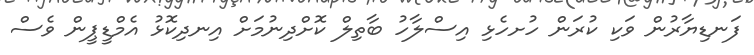
ފަނޑިޔާރުން ވަކި ކުރަން ހުށހެޅި އިސްލާހު ބާތިލް ކޮށްދިނުމަށް އިނދިކޮޅު އެމްޑީޕީން ވެސް